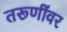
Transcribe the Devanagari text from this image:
तरूणींवर